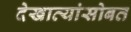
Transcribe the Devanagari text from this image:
देखाव्यांसोबत